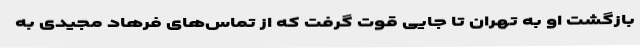
بازگشت او به تهران تا جایی قوت گرفت که از تماس‌های فرهاد مجیدی به